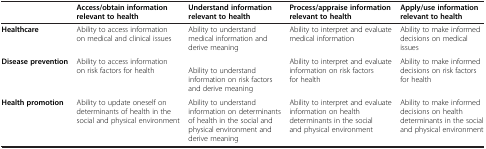
|  | Access/obtain information relevant to health | Understand information relevant to health | Process/appraise information relevant to health | Apply/use information relevant to health |
 | --- | --- | --- | --- | --- |
 | Healthcare | Ability to access information on medical and clinical issues | Ability to understand medical information and derive meaning | Ability to interpret and evaluate medical information | Ability to make informed decisions on medical issues |
 | Disease prevention | Ability to access information on risk factors for health | Ability to understand information on risk factors and derive meaning | Ability to interpret and evaluate information on risk factors for health | Ability to make informed decisions on risk factors for health |
 | Health promotion | Ability to update oneself on determinants of health in the social and physical environment | Ability to understand information on determinants of health in the social and physical environment and derive meaning | Ability to interpret and evaluate information on health determinants in the social and physical environment | Ability to make informed decisions on health determinants in the social and physical environment |